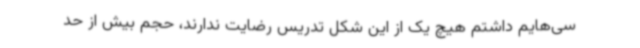
سی‌هایم داشتم هیچ یک از این شکل تدریس رضایت ندارند، حجم بیش از حد